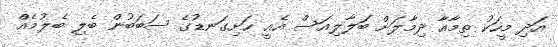
އަދި މީހަކު ތިމާއާ ދިމާލަށް ބަލާލިއަސް އެއީ ހަށިގަނޑުގެ ސަބަބުން ބެލި ބެލުމެއް